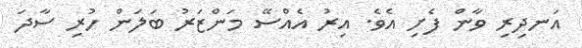
އަނދިރި ވާން ފެށި އެވެ. އިރު އެއްސޭޭ މަންޒަރު ބަލަން ހުރި ސާދަ